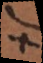
t